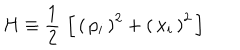
LaTeX: H \equiv { \frac { 1 } { 2 } } \, \left[ \, \left( \, p _ { i } \, \right) ^ { 2 } + \left( \, x _ { i } \, \right) ^ { 2 } \, \right]